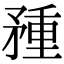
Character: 𥍽